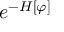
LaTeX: e ^ { - H [ \varphi ] }